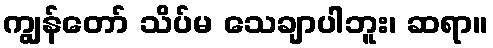
ကျွန်တော် သိပ်မ သေချာပါဘူး၊ ဆရာ။